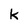
Character: k